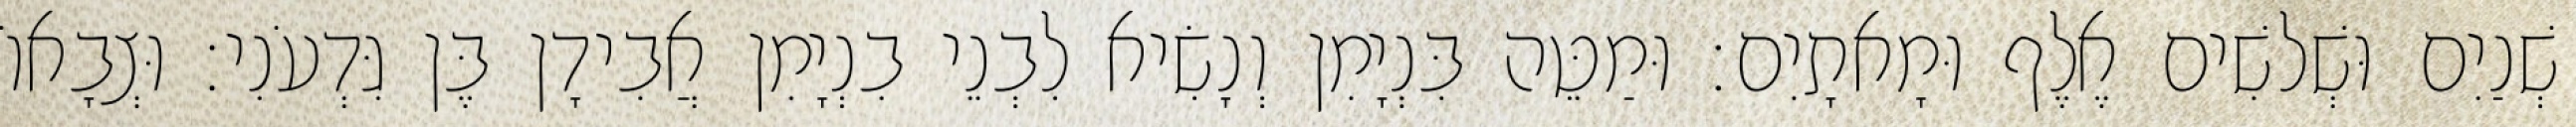
שְׁנַיִם וּשְׁלשִׁים אֶלֶף וּמָאתָיִם׃ וּמַטֵּה בִּנְיָמִן וְנָשִׂיא לִבְנֵי בִנְיָמִן אֲבִידָן בֶּן גִּדְעֹנִי׃ וּצְבָאוֹ